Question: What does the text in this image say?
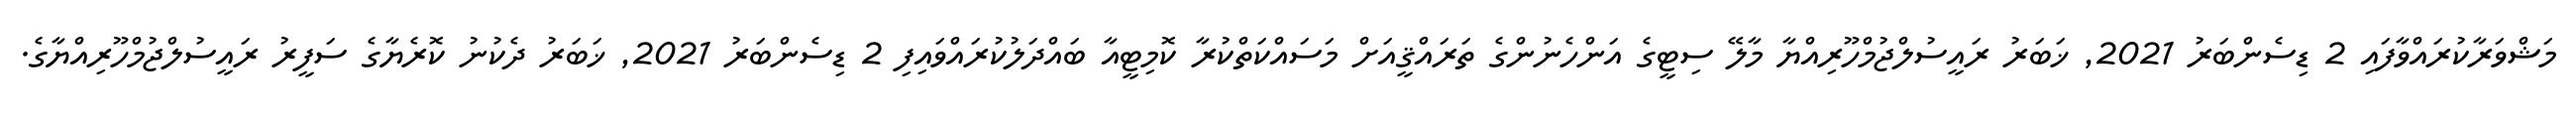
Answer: މަޝްވަރާކުރައްވާފައި 2 ޑިސެންބަރު 2021, ޚަބަރު ރައީސުލްޖުމްހޫރިއްޔާ މާލޭ ސިޓީގެ އަންހެނުންގެ ތަރައްޤީއަށް މަސައްކަތްކުރާ ކޮމިޓީއާ ބައްދަލުކުރައްވައިފި 2 ޑިސެންބަރު 2021, ޚަބަރު ދެކުނު ކޮރެޔާގެ ސަފީރު ރައީސުލްޖުމްހޫރިއްޔާގެ.